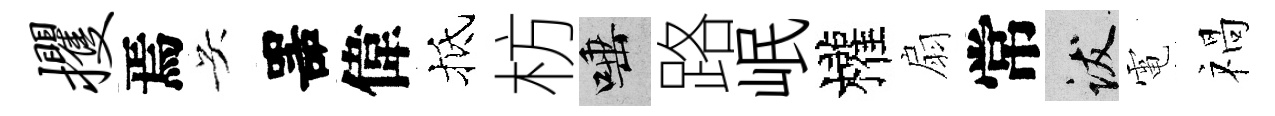
攫焉吴噐偉抵枋唾路岷權扇常跋電禍